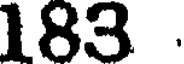
183 .